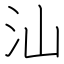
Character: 汕